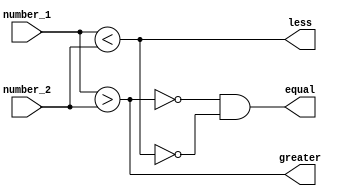
module parallel_comparator (
    input [7:0] number_1,
    input [7:0] number_2,
    output greater,
    output less,
    output equal
);

assign greater = |({number_1} > {number_2});
assign less = |({number_1} < {number_2});
assign equal = ~greater & ~less;

endmodule